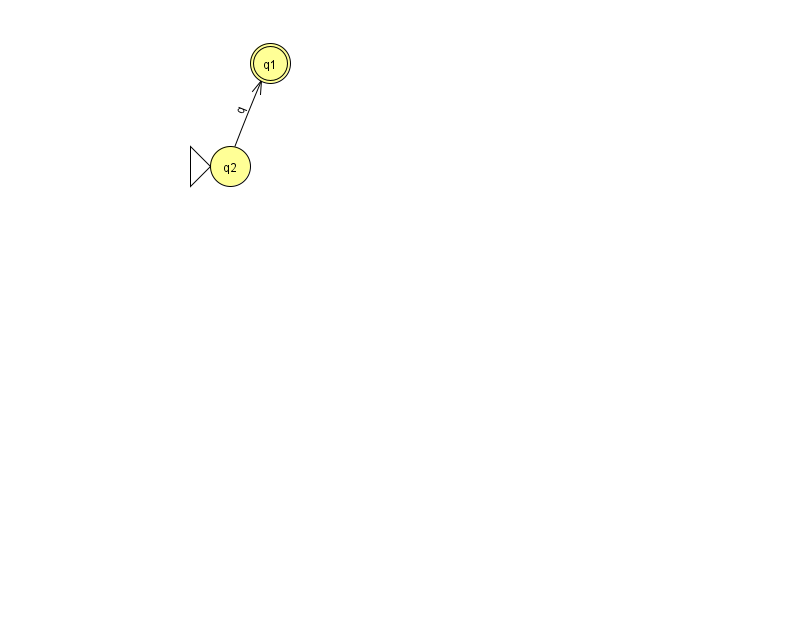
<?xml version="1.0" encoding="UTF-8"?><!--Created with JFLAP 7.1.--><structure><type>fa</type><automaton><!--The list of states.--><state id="1" name="q1"><x>270.0</x><y>50.0</y><final/></state><state id="2" name="q2"><x>230.0</x><y>153.0</y><initial/></state><!--The list of transitions.--><transition><from>2</from><to>1</to><read>q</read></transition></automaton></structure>